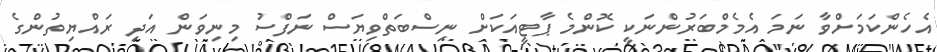
އެހެންކަމަށްވާ ނަމަ އެމެމްބަރުންނަކީ ކޮންމެ ޕާޓީއަކަށް ނިސްބަތްވިޔަސް ނަފްސު މިނިވަން އަދި ރައްޔިތުންގެ